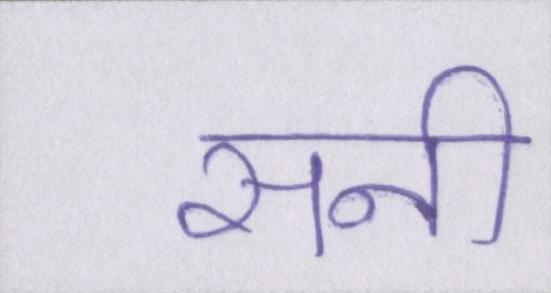
सनी